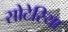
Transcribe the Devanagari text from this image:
सोटेरिया